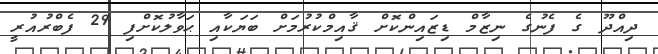
ދިއްދޫ ގެ ފެނުގެ ނިޒާމް ޑިޒައިންކޮށް ޤާއިމްކުރުމަށް ބަޔަކާއި ޙަވާލުކޮށްފި 29 ފެބްރުއުރީ